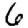
Digit: 6